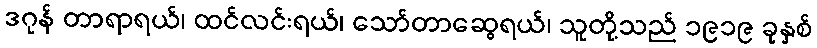
ဒဂုန် တာရာရယ်၊ ထင်လင်းရယ်၊ သော်တာဆွေရယ်၊ သူတို့သည် ၁၉၁၉ ခုနှစ်